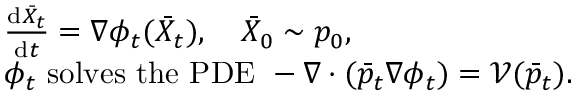
\begin{array} { r l } & { \frac { \mathrm { d } \bar { X } _ { t } } { \mathrm { d } t } = \nabla \phi _ { t } ( \bar { X } _ { t } ) , \quad \bar { X } _ { 0 } \sim p _ { 0 } , } \\ & { \phi _ { t } \mathrm { ~ s o l v e s ~ t h e ~ P D E ~ } - \nabla \cdot ( \bar { p } _ { t } \nabla \phi _ { t } ) = \mathcal V ( \bar { p } _ { t } ) . } \end{array}